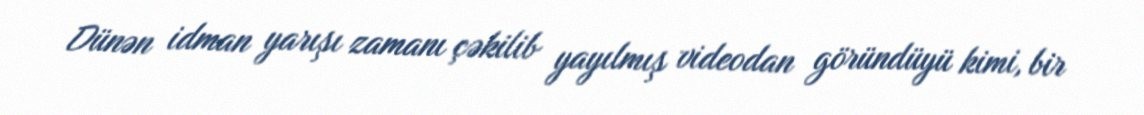
Dünən idman yarışı zamanı çəkilib yayılmış videodan göründüyü kimi, bir